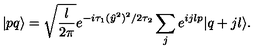
| p q \rangle = \sqrt { \frac { l } { 2 \pi } } e ^ { - i \tau _ { 1 } ( \hat { y } ^ { 2 } ) ^ { 2 } / { 2 \tau _ { 2 } } } \sum _ { j } e ^ { i j l p } | q + j l \rangle .